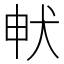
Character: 𭸁